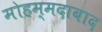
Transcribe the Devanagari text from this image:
मोहम्‍मदाबाद